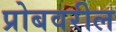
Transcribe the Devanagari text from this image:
प्रोबवरील